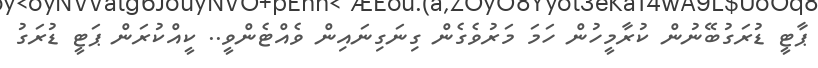
ޕާޓީ ޑުރަގުބޭނުން ކުރާމީހުން ހަމަ މަރުވެގެން ގިނަގިނައިން ވެއްޓެންވީ.. ކީއްކުރަން ޕަޓީ ޑުރަގު